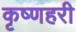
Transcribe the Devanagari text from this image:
कृष्णहरी